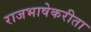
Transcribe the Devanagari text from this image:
राजभाषेकरीता